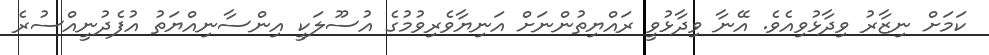
ކަމަށް ނިޒާރު ވިދާޅުވިއެވެ. އޭނާ ވިދާޅުވީ ރައްޔިތުންނަށް އަނިޔާވެރިވުމުގެ އުސޫލަކީ އިންސާނިއްޔަތު އުފެދުނީއްސުރެ